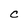
Character: C